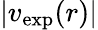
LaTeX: |v_{\mathrm{exp}}(r)|